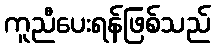
ကူညီပေးရန်ဖြစ်သည်